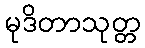
မုဒိတာသုတ္တ